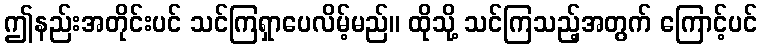
ဤနည်းအတိုင်းပင် သင်ကြရှာပေလိမ့်မည်။ ထိုသို့ သင်ကြသည့်အတွက် ကြောင့်ပင်